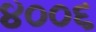
૪૦૦૬